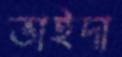
ভাইদা